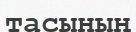
тасының